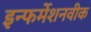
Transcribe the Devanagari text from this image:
इन्फर्मेशनवीक